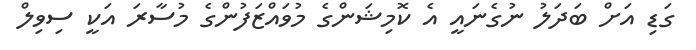
ގަޑި އަށް ބަދަލު ނުގެނައީ އެ ކޮމިޝަންގެ މުވައްޒަފުންގެ މުސާރަ އަކީ ސިވިލް